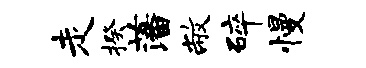
走揆藩敝碎慢